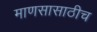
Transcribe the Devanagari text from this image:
माणसासाठीच